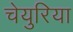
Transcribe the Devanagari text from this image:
चेयुरिया